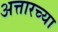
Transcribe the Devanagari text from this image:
अत्तारच्या